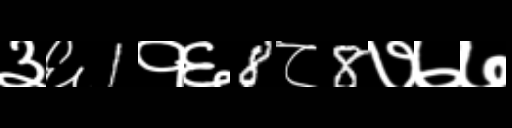
Text: ३६1१६8८8७७७